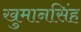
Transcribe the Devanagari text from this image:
खुमानसिंह